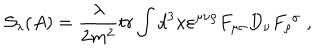
LaTeX: \mathcal { S } _ { \lambda } ( A ) = \frac \lambda { 2 m ^ { 2 } } t r \int d ^ { 3 } x \varepsilon ^ { \mu \nu \rho } F _ { \mu \sigma } D _ { \nu } F _ { \rho } ^ { \; \sigma } \; ,